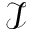
\mathcal I